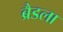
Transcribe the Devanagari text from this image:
ब्रैडला